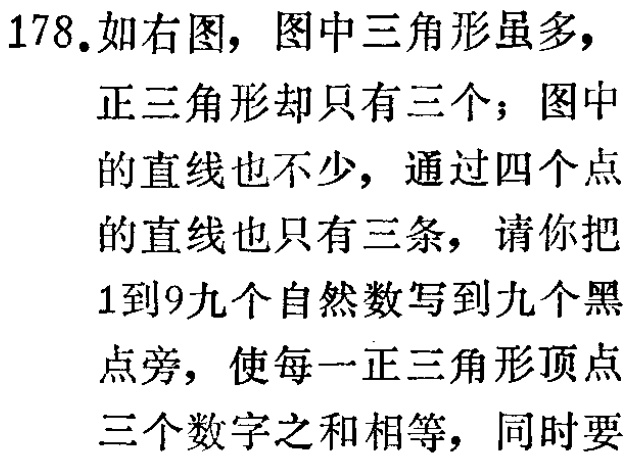
178.如右图，图中三角形虽多，

正三角形却只有三个；图中

的直线也不少，通过四个点

的直线也只有三条，请你把

1到9九个自然数写到九个黑

点旁，使每一正三角形顶点

三个数字之和相等，同时要